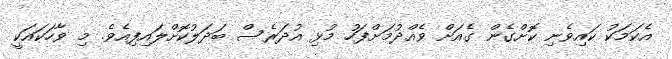
އެކަމަކު ކައިވެނި ކޮށްގެން ގެއަށް ވެއްދުމަށްފަހު މުޅި އުދަރެސް ބަދަލުކޮށްލައިފިއެވެ. މި ވާހަކައަކީ